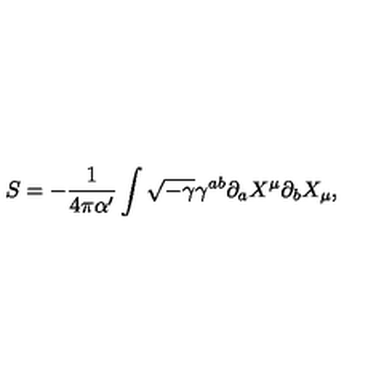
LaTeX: S = - \frac { 1 } { 4 \pi \alpha ^ { \prime } } \int \sqrt { - \gamma } \gamma ^ { a b } \partial _ { a } X ^ { \mu } \partial _ { b } X _ { \mu } ,